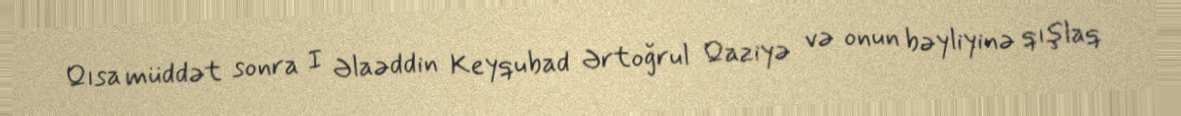
Qısa müddət sonra I Əlaəddin Keyqubad Ərtoğrul Qaziyə və onun bəyliyinə qışlaq